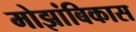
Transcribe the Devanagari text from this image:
मोझांबिकास